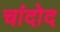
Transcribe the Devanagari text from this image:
चांदोद